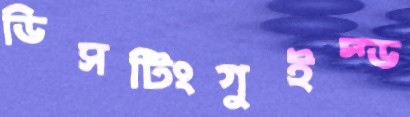
ডিসটিংগুইস্ড